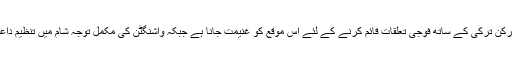
اسی اخبار میں اس بات کا بھی ذکر تھا کہ ماسکو نے نیٹو کے رکن ترکی کے ساتھ فوجی تعلقات قائم کرنے کے لئے اس موقع کو غنیمت جانا ہے جبکہ واشنگٹن کی مکمل توجہ شام میں تنظیم داعش کی دارالحکومت "الرقہ” شہر کو بحال کرنے پر مرکوز ہے۔